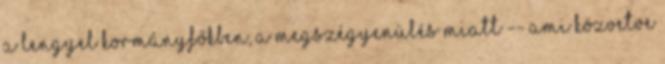
a lengyel kormányfőkben, a megszégyenülés miatt -- ami közvetve